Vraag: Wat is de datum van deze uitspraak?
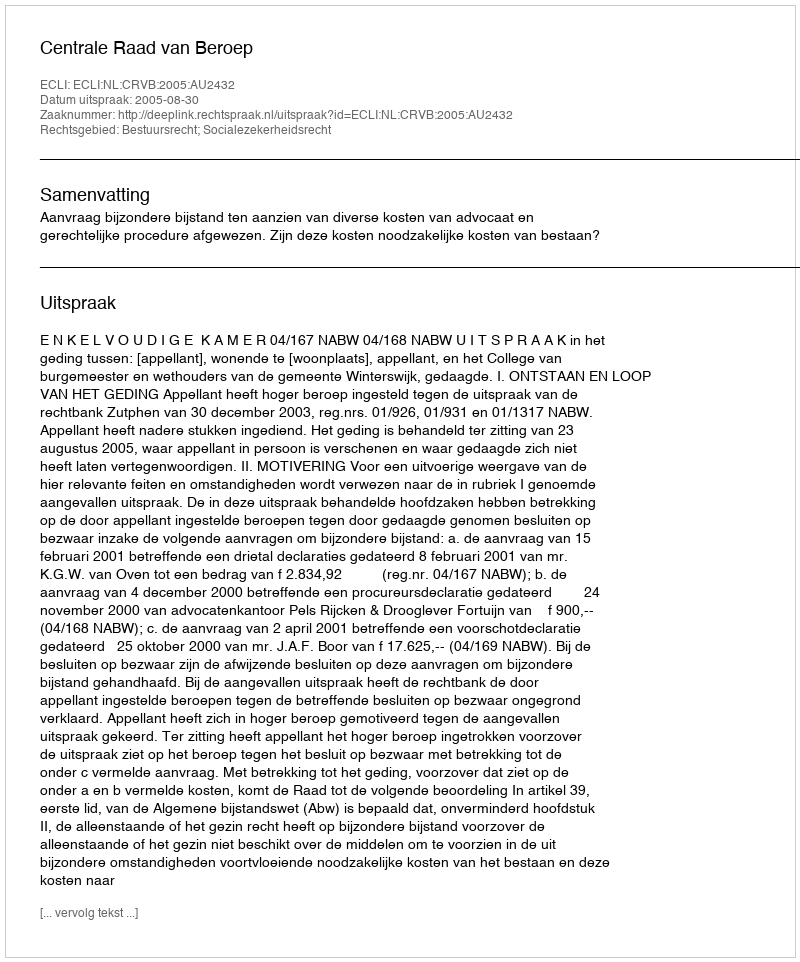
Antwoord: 2005-08-30